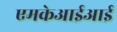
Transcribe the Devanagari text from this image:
एमकेआईआई